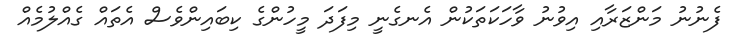
ފެނުނު މަންޒަރާއި އިވުނު ވާހަކަތަކުން އެނގެނީ މިފަދަ މީހުންގެ ކިބައިންވެސް އެތައް ގެއްލުމެއް